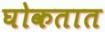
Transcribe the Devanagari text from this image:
घोकतात